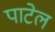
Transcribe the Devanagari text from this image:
पाटेल